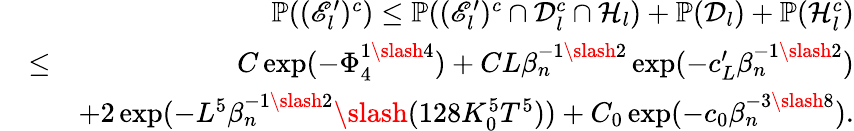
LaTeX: \begin{array}{rlr}&{}&{\mathbb{P}((\mathscr{E}_{l}^{\prime})^{c})\leq\mathbb{P}((\mathscr{E}_{l}^{\prime})^{c}\cap\mathcal{D}_{l}^{c}\cap\mathcal{H}_{l})+\mathbb{P}(\mathcal{D}_{l})+\mathbb{P}(\mathcal{H}_{l}^{c})}\\ &{\leq}&{C\exp(-\Phi_{4}^{1\slash 4})+CL\beta_{n}^{-1\slash 2}\exp(-c_{L}^{\prime}\beta_{n}^{-1\slash 2})}\\ &{}&{+2\exp(-L^{5}\beta_{n}^{-1\slash 2}\slash(128K_{0}^{5}T^{5}))+C_{0}\exp(-c_{0}\beta_{n}^{-3\slash 8}).}\end{array}